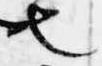
也